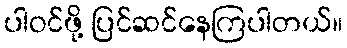
ပါဝင်ဖို့ ပြင်ဆင်နေကြပါတယ်။